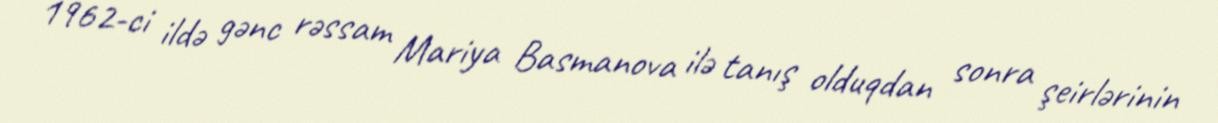
1962-ci ildə gənc rəssam Mariya Basmanova ilə tanış olduqdan sonra şeirlərinin